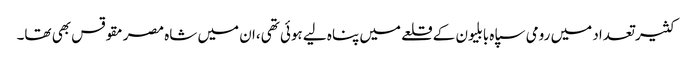
کثیر تعداد میں رومی سپاہ بابلیون کے قلعے میں پناہ لیے ہوئی تھی،ان میں شاہ مصرمقوقس بھی تھا۔